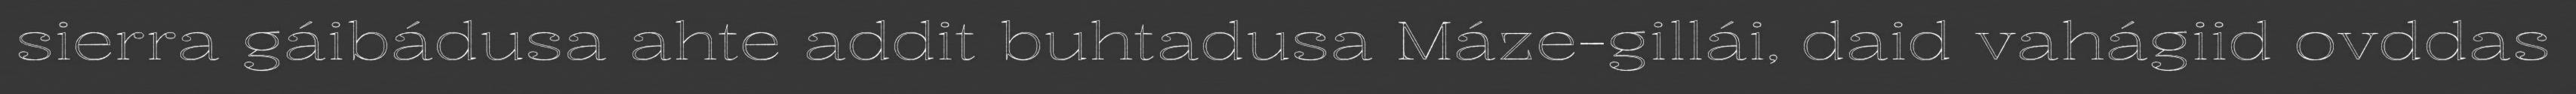
sierra gáibádusa ahte addit buhtadusa Máze-gillái, daid vahágiid ovddas